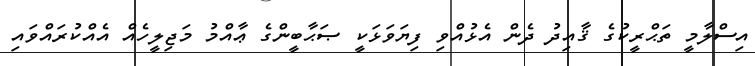
އިސްލާމީ ތަޙްރީކުގެ ޤާއިދު ދެން އެޅުއްވި ފިޔަވަޅަކީ ޞަޙާބީންގެ ޢާއްމު މަޖިލީހެއް އެއްކުރައްވައި